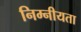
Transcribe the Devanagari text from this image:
निम्नीयता